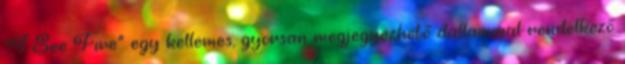
"I See Fire" egy kellemes, gyorsan megjegyezhető dallammal rendelkező